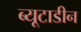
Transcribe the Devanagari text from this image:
ब्यूटाडीन